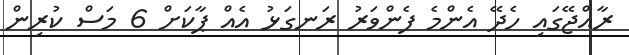
ރާއްޖޭގައި ހެދޭ އެންމެ ފެންވަރު ރަނގަޅު އެއް ޕާކަށް 6 މަސް ކުރިން